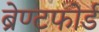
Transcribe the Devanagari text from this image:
ब्रेण्टफोर्ड